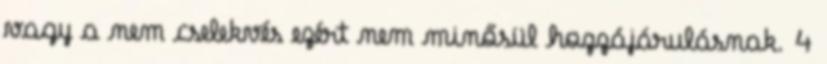
vagy a nem cselekvés ezért nem minősül hozzájárulásnak. 4